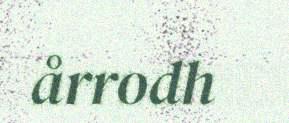
årrodh